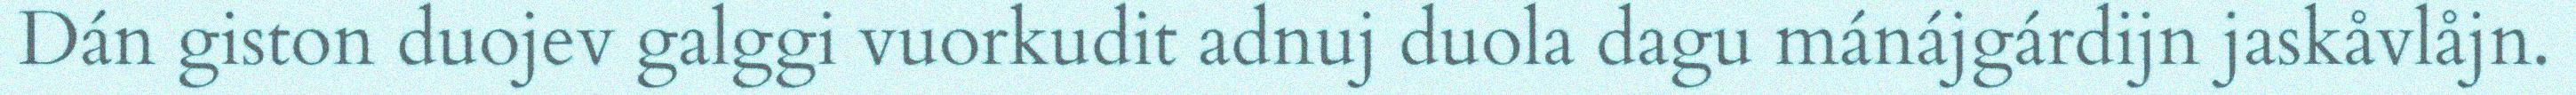
Dán giston duojev galggi vuorkudit adnuj duola dagu mánájgárdijn jaskåvlåjn.